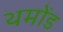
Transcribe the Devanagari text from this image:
थमोंड